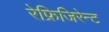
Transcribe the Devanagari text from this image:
रेफ्रिजिरेन्ट